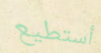
أستطيع